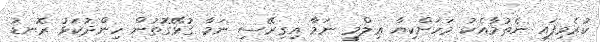
ކުރެވިފައި ނެތުމާއެކު މަހަށްކިޔާ ޢިލްމީ ނަމާ އިގިރޭސި ނަމާ ގުޅޭގޮތުން ހިންދުކަޅު ރޮނޑު